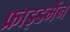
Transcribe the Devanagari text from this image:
फ्राइडमैंन